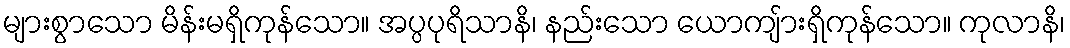
များစွာသော မိန်းမရှိကုန်သော။ အပ္ပပုရိသာနိ၊ နည်းသော ယောကျ်ားရှိကုန်သော။ ကုလာနိ၊